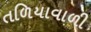
તળિયાવાળી